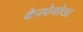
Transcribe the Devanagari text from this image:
केम्पेगोव्डा